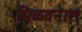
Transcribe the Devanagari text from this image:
मिळवनारा